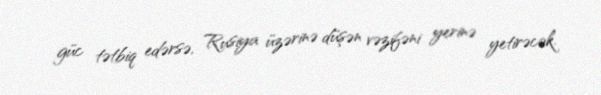
güc tətbiq edərsə, Rusiya üzərinə düşən vəzifəni yerinə yetirəcək.